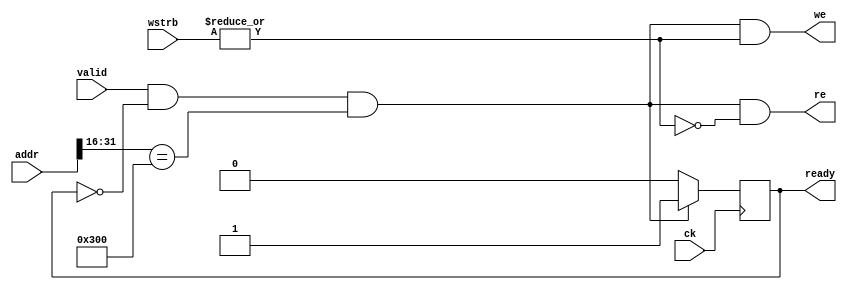
module iomem
    #(parameter ADDR=16'h0300)
    (input wire ck,
    input wire valid,
    input wire [3:0] wstrb,
    /* verilator lint_off UNUSED */
    input wire [31:0] addr,
    /* verilator lint_on UNUSED */

    output reg ready,
    output wire we,
    output wire re
);

    initial ready = 0;

    wire enable;
    assign enable = valid && !ready && (addr[31:16] == ADDR);

    wire write;
    assign write = | wstrb;
    assign we = enable && write; 
    assign re = enable && !write; 

    always @(posedge ck) begin
        if (ready)
            ready <= 0;
        if (enable) begin
            ready <= 1;
        end
    end

endmodule